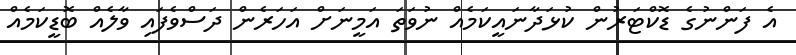
އެ ފަންނުގެ ޑޮކްޓަރުން ކުޅަދާނައީކަމެއް ނުވަތަ އަމީނަށް އަހަރެން ދަސްވެފައި ވާލެއް ބޮޑީކަމެއް